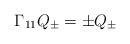
LaTeX: \begin{align*}\Gamma_{11}Q_\pm = \pm Q_\pm\end{align*}